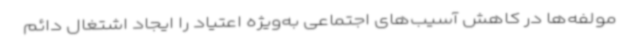
مولفه‌ها در کاهش آسیب‌های اجتماعی به‌ویژه اعتیاد را ایجاد اشتغال دائم